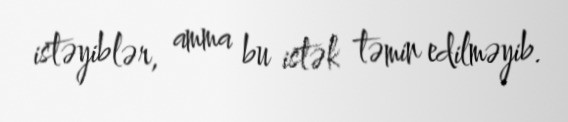
istəyiblər, amma bu istək təmin edilməyib.